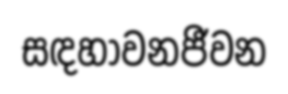
සඳහාවනජීවන